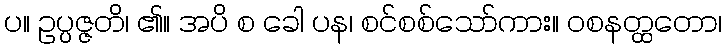
ပ။ ဥပ္ပဇ္ဇတိ၊ ၏။ အပိ စ ခေါ ပန၊ စင်စစ်သော်ကား။ ဝစနတ္ထတော၊